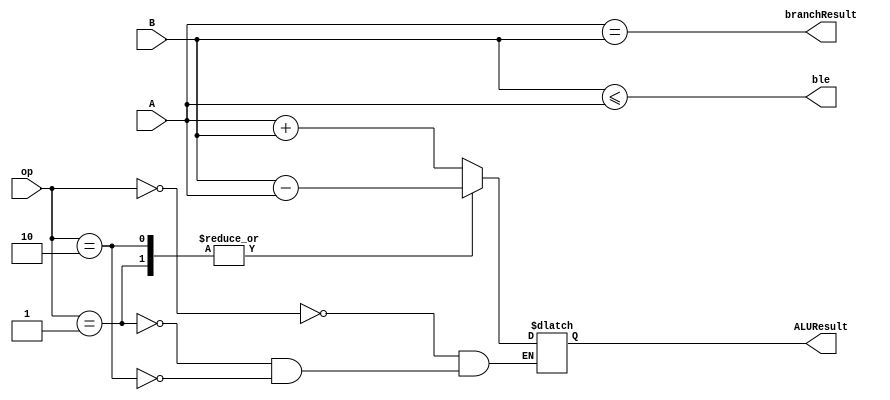
`timescale 1ns / 1ns

module ALU(
    A,
    B,
    op,
    ALUResult,
    ble,
    branchResult
    );
	 
input signed [15:0] A;
input signed [15:0] B;
input [2:0] op;


output reg signed[15:0] ALUResult;
output wire ble;
output wire branchResult;

  assign branchResult = (A==B);
  assign ble = (B<=A);	 
  always @(A, B, op) begin
      	
	case(op)
		0: begin //add
			ALUResult = A + B;
		end
		
		1: begin //sub
//			ALUResult = A - B;
			ALUResult = B - A;
		end
		
		2: begin //reverse sub!!!!!!!!!!!!!!!!!!!!!!!!!!!!!!!!!!!!!!!!!!!!!!!!!!!!!!!!
		   ALUResult = B - A;
		end

	endcase 

end
endmodule